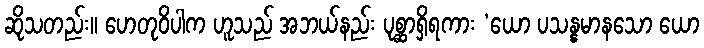
ဆိုသတည်း။ ဟေတုဝိပါက ဟူသည် အဘယ်နည်း ပုစ္ဆာရှိရကား ‘ယော ပသန္နမာနသော ယော